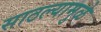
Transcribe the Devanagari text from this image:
साठल्यामुळे